Madras plague regulations and rules for the inspection of inward and outward bound vessels - Volume 2
Disease focus: Plague
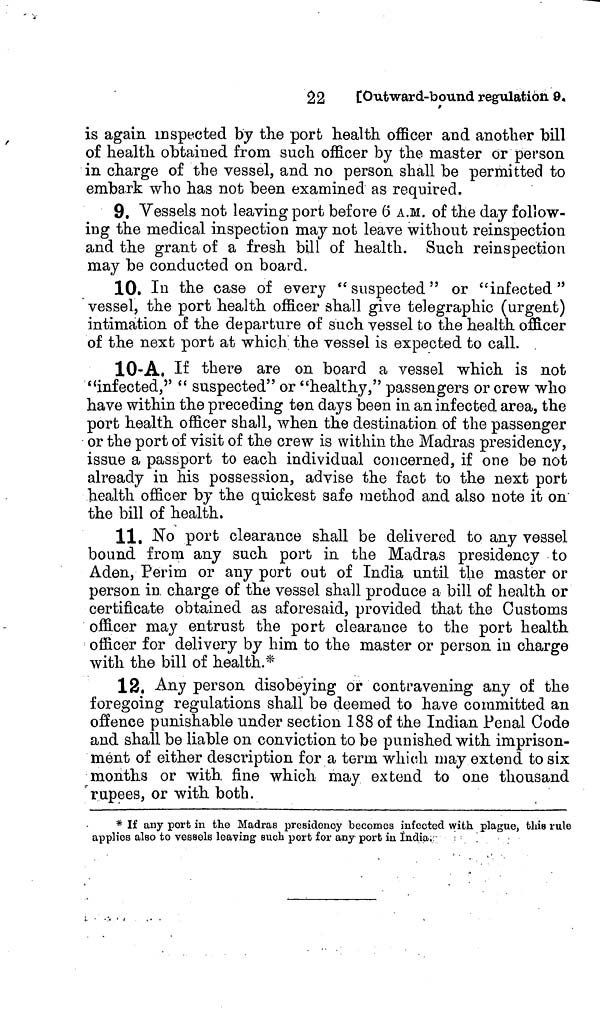
22
[Outward-bound regulation 9.
is again inspected by the port health, officer and another "bill
of health obtained from such officer by the master or person
in charge of the vessel, and no person shall be permitted to
embark who has not been examined as required.
9. Vessels not leaving port before 6 A.M. of the day follow-
ing the medical inspection may not leave without reinspection
and the grant of a fresh bill of health. Such reinspection
may be conducted on board.
10. Iu the case of every " suspected " or "infected "
vessel, the port health officer shall give telegraphic (urgent)
intimation of the departure of such vessel to the health officer
of the next port at which the vessel is expected to call.
10-A. If there are on board a vessel which is not
"infected,'' " suspected" or "healthy," passengers or crew who
have within the preceding ten days been in an infected area, the
port health officer shall, when the destination of the passenger
or the port of visit of the crew is within the Madras presidency,
issue a passport to each individual concerned, if one be not
already in his possession, advise the fact to the next port
"health officer by the quickest safe method and also note it on
the bill of health.
11. No port clearance shall be delivered to any vessel
bound from any such port in the Madras presidency to
Aden, Perim or any port out of India until the master or
person in charge of the vessel shall produce a bill of health or
certificate obtained as aforesaid, provided that the Customs
officer may entrust the port clearance to the port health
officer for delivery by him to the master or person in charge
with the bill of health.*
12. Any person disobeying or contravening any of the
foregoing regulations shall be deemed to have committed an
offence punishable under section 188 of the Indian Penal Code
and shall be liable on conviction to be punished with imprison-
ment of either description for a terni which may extend to six
months or with, fine which may extend to one thousand
rupees, or with both.
* If any port in the Madras presidency becomes infected with plague, this rule
applies also to vessels leaving such port for any port in India.
.